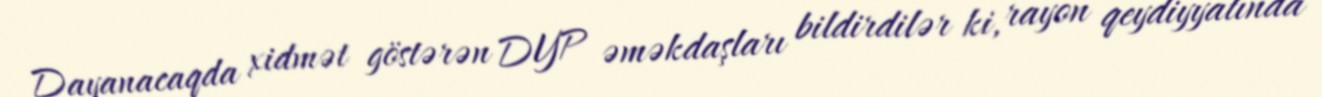
Dayanacaqda xidmət göstərən DYP əməkdaşları bildirdilər ki, rayon qeydiyyatında